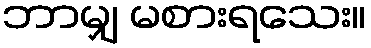
ဘာမျှ မစားရသေး။